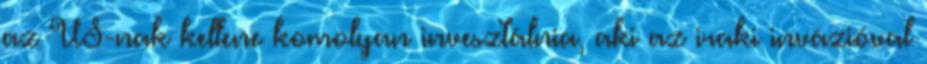
az US-nak kellene komolyan invesztálnia, aki az iraki invázióval